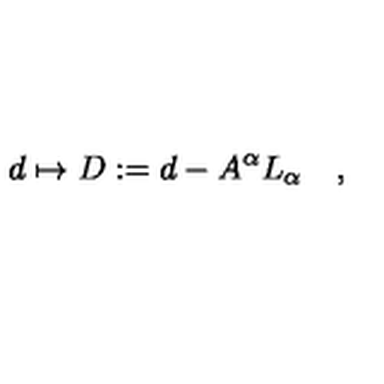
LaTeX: d \mapsto D : = d - A ^ { \alpha } L _ { \alpha } \quad ,